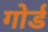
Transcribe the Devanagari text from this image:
गोर्ड